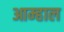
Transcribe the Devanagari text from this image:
आम्हाल